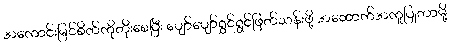
အကောင်းမြင်စိတ်ကိုတိုးစေပြီး ပျော်ပျော်ရွှင်ရွှင်ဖြတ်သန်းဖို့ အထောက်အကူပြုတာမို့